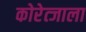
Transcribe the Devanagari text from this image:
कोरेत्जाला